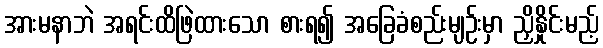
အားမနာဘဲ အရင်းထိဖြဲထားသော စားရ၍ အခြေခံစည်းမျဉ်းမှာ ညှိနှိုင်းမည့်